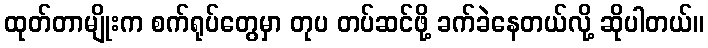
ထုတ်တာမျိုးက စက်ရုပ်တွေမှာ တုပ တပ်ဆင်ဖို့ ခက်ခဲနေတယ်လို့ ဆိုပါတယ်။